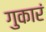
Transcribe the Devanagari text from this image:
गुकारं